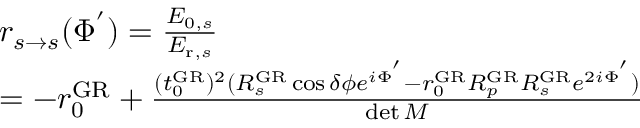
\begin{array} { r l } & { r _ { s \rightarrow s } ( \Phi ^ { ' } ) = \frac { E _ { 0 , s } } { E _ { \mathrm { r } , s } } } \\ & { = - r _ { 0 } ^ { \mathrm { G R } } + \frac { ( t _ { 0 } ^ { \mathrm { G R } } ) ^ { 2 } ( R _ { s } ^ { \mathrm { G R } } \cos \delta \phi e ^ { i \Phi ^ { ' } } - r _ { 0 } ^ { \mathrm { G R } } R _ { p } ^ { \mathrm { G R } } R _ { s } ^ { \mathrm { G R } } e ^ { 2 i \Phi ^ { ' } } ) } { \operatorname* { d e t } M } } \end{array}